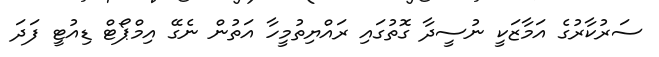
ސަރުކާރުގެ އަމާޒަކީ ނުސީދާ ގޮތުގައި ރައްޔިތުމީހާ އަތުން ނެގޭ އިމްޕޯޓް ޑިއުޓީ ފަދަ